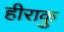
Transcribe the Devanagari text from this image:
हीराकु